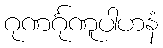
ဂုဏင်္ဂုဏူပါဟနံ